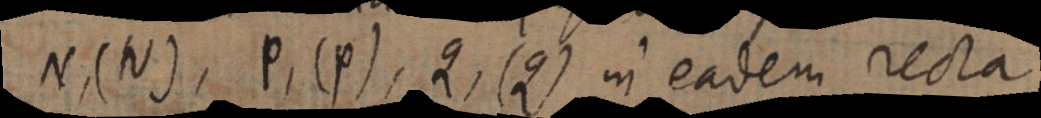
N, (N), P, (p), Q, (Q) in eadem recta